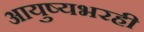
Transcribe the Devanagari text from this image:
आयुष्यभरही